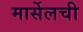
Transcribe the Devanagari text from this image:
मार्सेलची